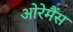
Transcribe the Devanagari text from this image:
ओरेमैंस